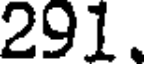
291.